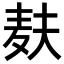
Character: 麸